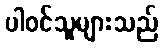
ပါဝင်သူများသည်